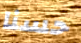
حسنا